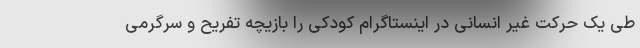
طی یک حرکت غیر انسانی در اینستاگرام کودکی را بازیچه تفریح و سرگرمی